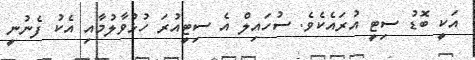
އަކީ ބޮޑު ސިޓީ އުރައެކެވެ. ސުހައިލް އެ ސިޓީއުރަ ހުޅުވާލުމާއި އެކު ފެނުނީ